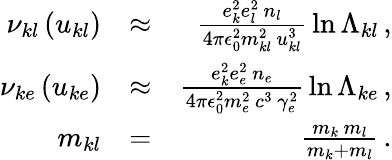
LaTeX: \begin{array}{rlr}{\nu_{kl}\left(u_{kl}\right)}&{\approx}&{\frac{e_{k}^{2}e_{l}^{2}\, n_{l}}{4\pi\epsilon_{0}^{2}m_{kl}^{2}\, u_{kl}^{3}}\, \ln\Lambda_{kl}\, ,}\\ {\nu_{ke}\left(u_{ke}\right)}&{\approx}&{\frac{e_{k}^{2}e_{e}^{2}\, n_{e}}{4\pi\epsilon_{0}^{2}m_{e}^{2}\, c^{3}\, \gamma_{e}^{2}}\, \ln\Lambda_{ke}\, ,}\\ {m_{kl}}&{=}&{\frac{m_{k}\, m_{l}}{m_{k}+m_{l}}\, .}\end{array}